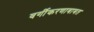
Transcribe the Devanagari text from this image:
वर्गीकरणाबाबत